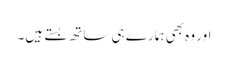
اور وہ بھی ہمارے ہی ساتھ بستے ہیں۔